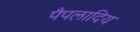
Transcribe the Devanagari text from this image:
पैपलादिय